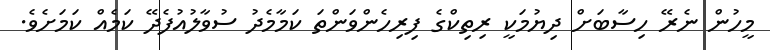
މީހުން ނެރޭ ހިސާބަށް ދިޔުމަކީ ރިތިކްގެ ފިރިހެންވަންތަ ކަމާމެދު ސުވާލުއުފެދޭ ކަމެއް ކަމަށެވެ.